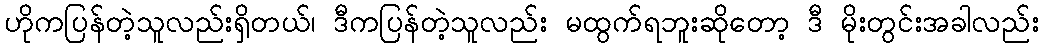
ဟိုကပြန်တဲ့သူလည်းရှိတယ်၊ ဒီကပြန်တဲ့သူလည်း မထွက်ရဘူးဆိုတော့ ဒီ မိုးတွင်းအခါလည်း